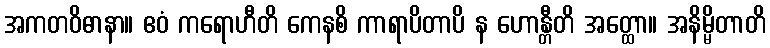
အကတဝိဓာနာ။ ဧဝံ ကရောဟီတိ ကေနစိ ကာရာပိတာပိ န ဟောန္တီတိ အတ္ထော။ အနိမ္မိတာတိ